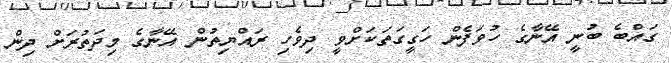
ގައްބެ ބުނީ އޭނާގެ ހުވަފެން ހަގީގަތަކަށްވީ ދިވެހި ރައްޔިތުން އޭނާގެ މިދަތުރަށް ދިން